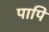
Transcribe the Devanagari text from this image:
पापि